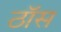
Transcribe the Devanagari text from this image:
ठॉस